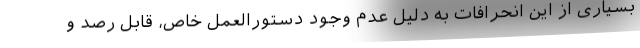
بسیاری از این انحرافات به دلیل عدم وجود دستورالعمل خاص، قابل رصد و